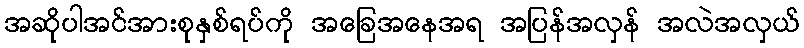
အဆိုပါအင်အားစုနှစ်ရပ်ကို အခြေအနေအရ အပြန်အလှန် အလဲအလှယ်